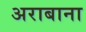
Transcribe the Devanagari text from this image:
अराबाना